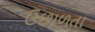
ઉછાળતા